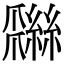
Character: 𦆩